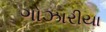
ગોઝારીયા